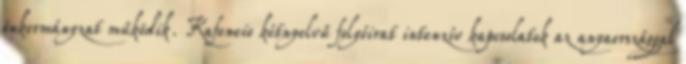
önkormányzat működik. Kafeneio kétnyelvű folyóirat intenzív kapcsolatok az anyaországgal